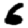
Digit: 6